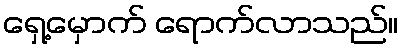
ရှေ့မှောက် ရောက်လာသည်။